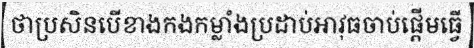
ថាប្រសិនបើខាងកងកម្លាំងប្រដាប់អាវុធចាប់ផ្តើមធ្វើ